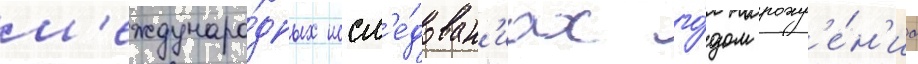
м'еждунаро́дных иссл'е́дован'иах го́дом рожд'е́н'иа